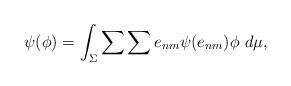
LaTeX: \begin{align*}\psi(\phi)=\int_{\Sigma} \sum\sum e_{nm} \psi(e_{nm})\phi\ d\mu,\end{align*}